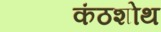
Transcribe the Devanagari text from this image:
कंठशोथ